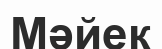
Мәйек